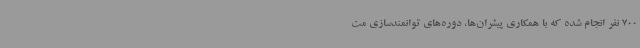
700 نفر انجام شده که با همکاری پیشران‌ها، دوره‌های توانمندسازی مت